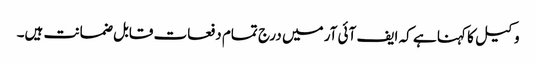
وکیل کا کہنا ہے کہ ایف آئی آر میں درج تمام دفعات قابل ضمانت ہیں۔